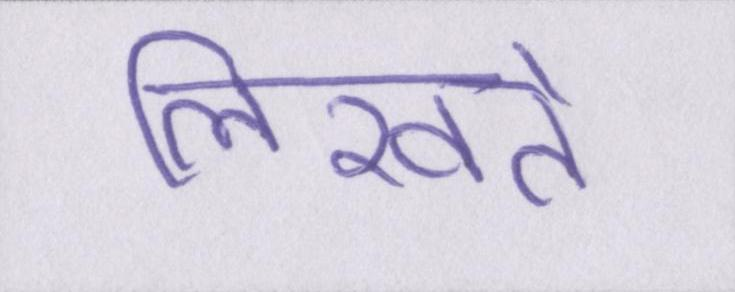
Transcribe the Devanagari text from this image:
लिखते